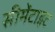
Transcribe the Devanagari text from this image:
सीमेंटाइट